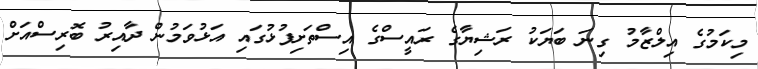
މިކަމުގެ އިލްޒާމު ގިނަ ބަޔަކު ރަޝިޔާގެ ރައީސްގެ އިސްތަށިފުޅުގައި އަޅުވަމުން ދާއިރު ބޮރިސްއަށް